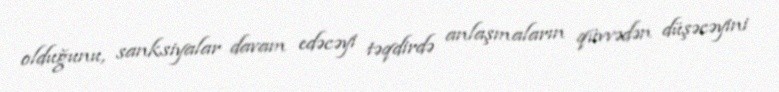
olduğunu, sanksiyalar davam edəcəyi təqdirdə anlaşmaların qüvvədən düşəcəyini